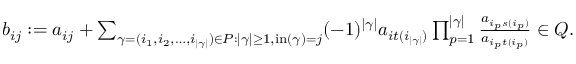
\begin{array} { r } { b _ { i j } : = a _ { i j } + \sum _ { \gamma = ( i _ { 1 } , i _ { 2 } , \dotsc , i _ { | \gamma | } ) \in P : | \gamma | \geq 1 , \operatorname { i n } ( \gamma ) = j } ( - 1 ) ^ { | \gamma | } a _ { i t ( i _ { | \gamma | } ) } \prod _ { p = 1 } ^ { | \gamma | } \frac { a _ { i _ { p } s ( i _ { p } ) } } { a _ { i _ { p } t ( i _ { p } ) } } \in Q . } \end{array}